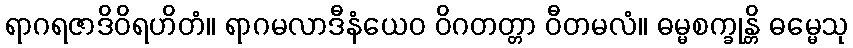
ရာဂရဇာဒိဝိရဟိတံ။ ရာဂမလာဒီနံယေဝ ဝိဂတတ္တာ ဝီတမလံ။ ဓမ္မစက္ခုန္တိ ဓမ္မေသု